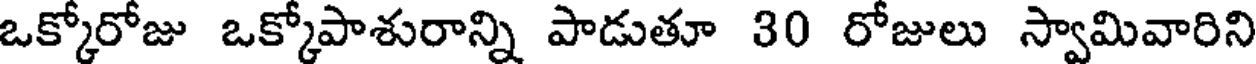
ఒక్కోరోజు ఒక్కోపాశురాన్ని పాడుతూ 30 రోజులు స్వామివారిని